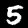
Digit: 5